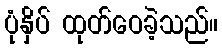
ပုံနှိပ် ထုတ်ဝေခဲ့သည်။